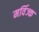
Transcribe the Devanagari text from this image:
मर्विज्क